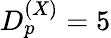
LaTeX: D_{p}^{(X)}=5